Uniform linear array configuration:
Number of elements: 4
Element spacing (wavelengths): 1
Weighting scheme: exponential
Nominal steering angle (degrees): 60
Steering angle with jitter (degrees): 59.304
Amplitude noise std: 0.05
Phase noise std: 0.05

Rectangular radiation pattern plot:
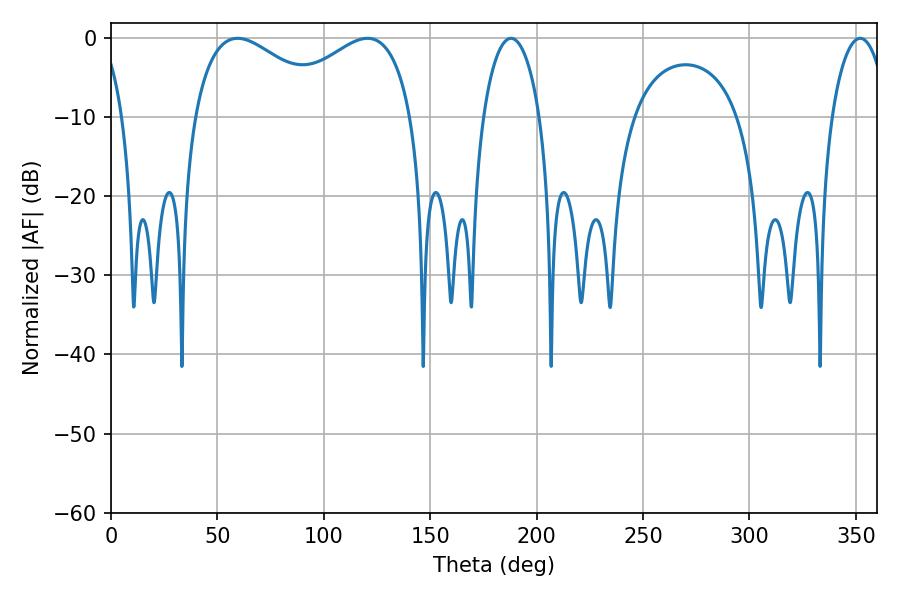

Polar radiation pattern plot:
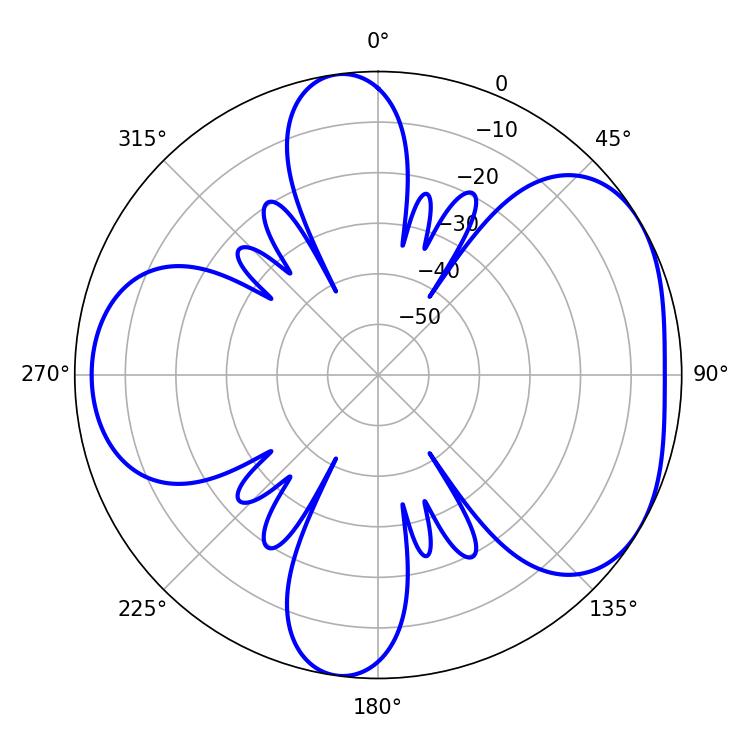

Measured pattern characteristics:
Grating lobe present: TRUE
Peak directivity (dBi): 4.635
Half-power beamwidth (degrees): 36.36
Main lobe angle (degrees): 59.4